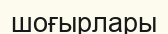
шоғырлары